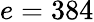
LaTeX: e=384